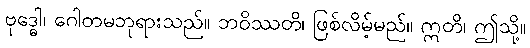
ဗုဒ္ဓေါ၊ ဂေါတမဘုရားသည်။ ဘဝိဿတိ၊ ဖြစ်လိမ့်မည်။ ဣတိ၊ ဤသို့။